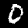
Label: 0